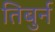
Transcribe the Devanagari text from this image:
तिबुर्न